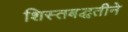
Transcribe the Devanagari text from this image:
शिस्तबद्धतीने